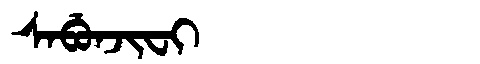
Manchu: ᠰᠠᠪᡠᠨᠵᡳᠸᡳ
Romanization: SABUNJIFI